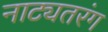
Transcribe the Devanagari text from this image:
नाट्यतरंग